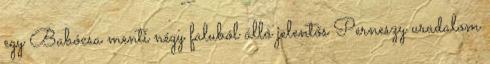
egy Babócsa menti négy faluból álló jelentős Perneszy uradalom